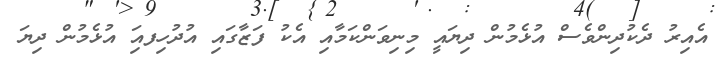
އެއިރު ދެކުދިންވެސް އުޅެމުން ދިޔައީ މިނިވަންކަމާއި އެކު ފަޒާގައި އުދުހިފއަި އުޅެމުން ދިޔަ